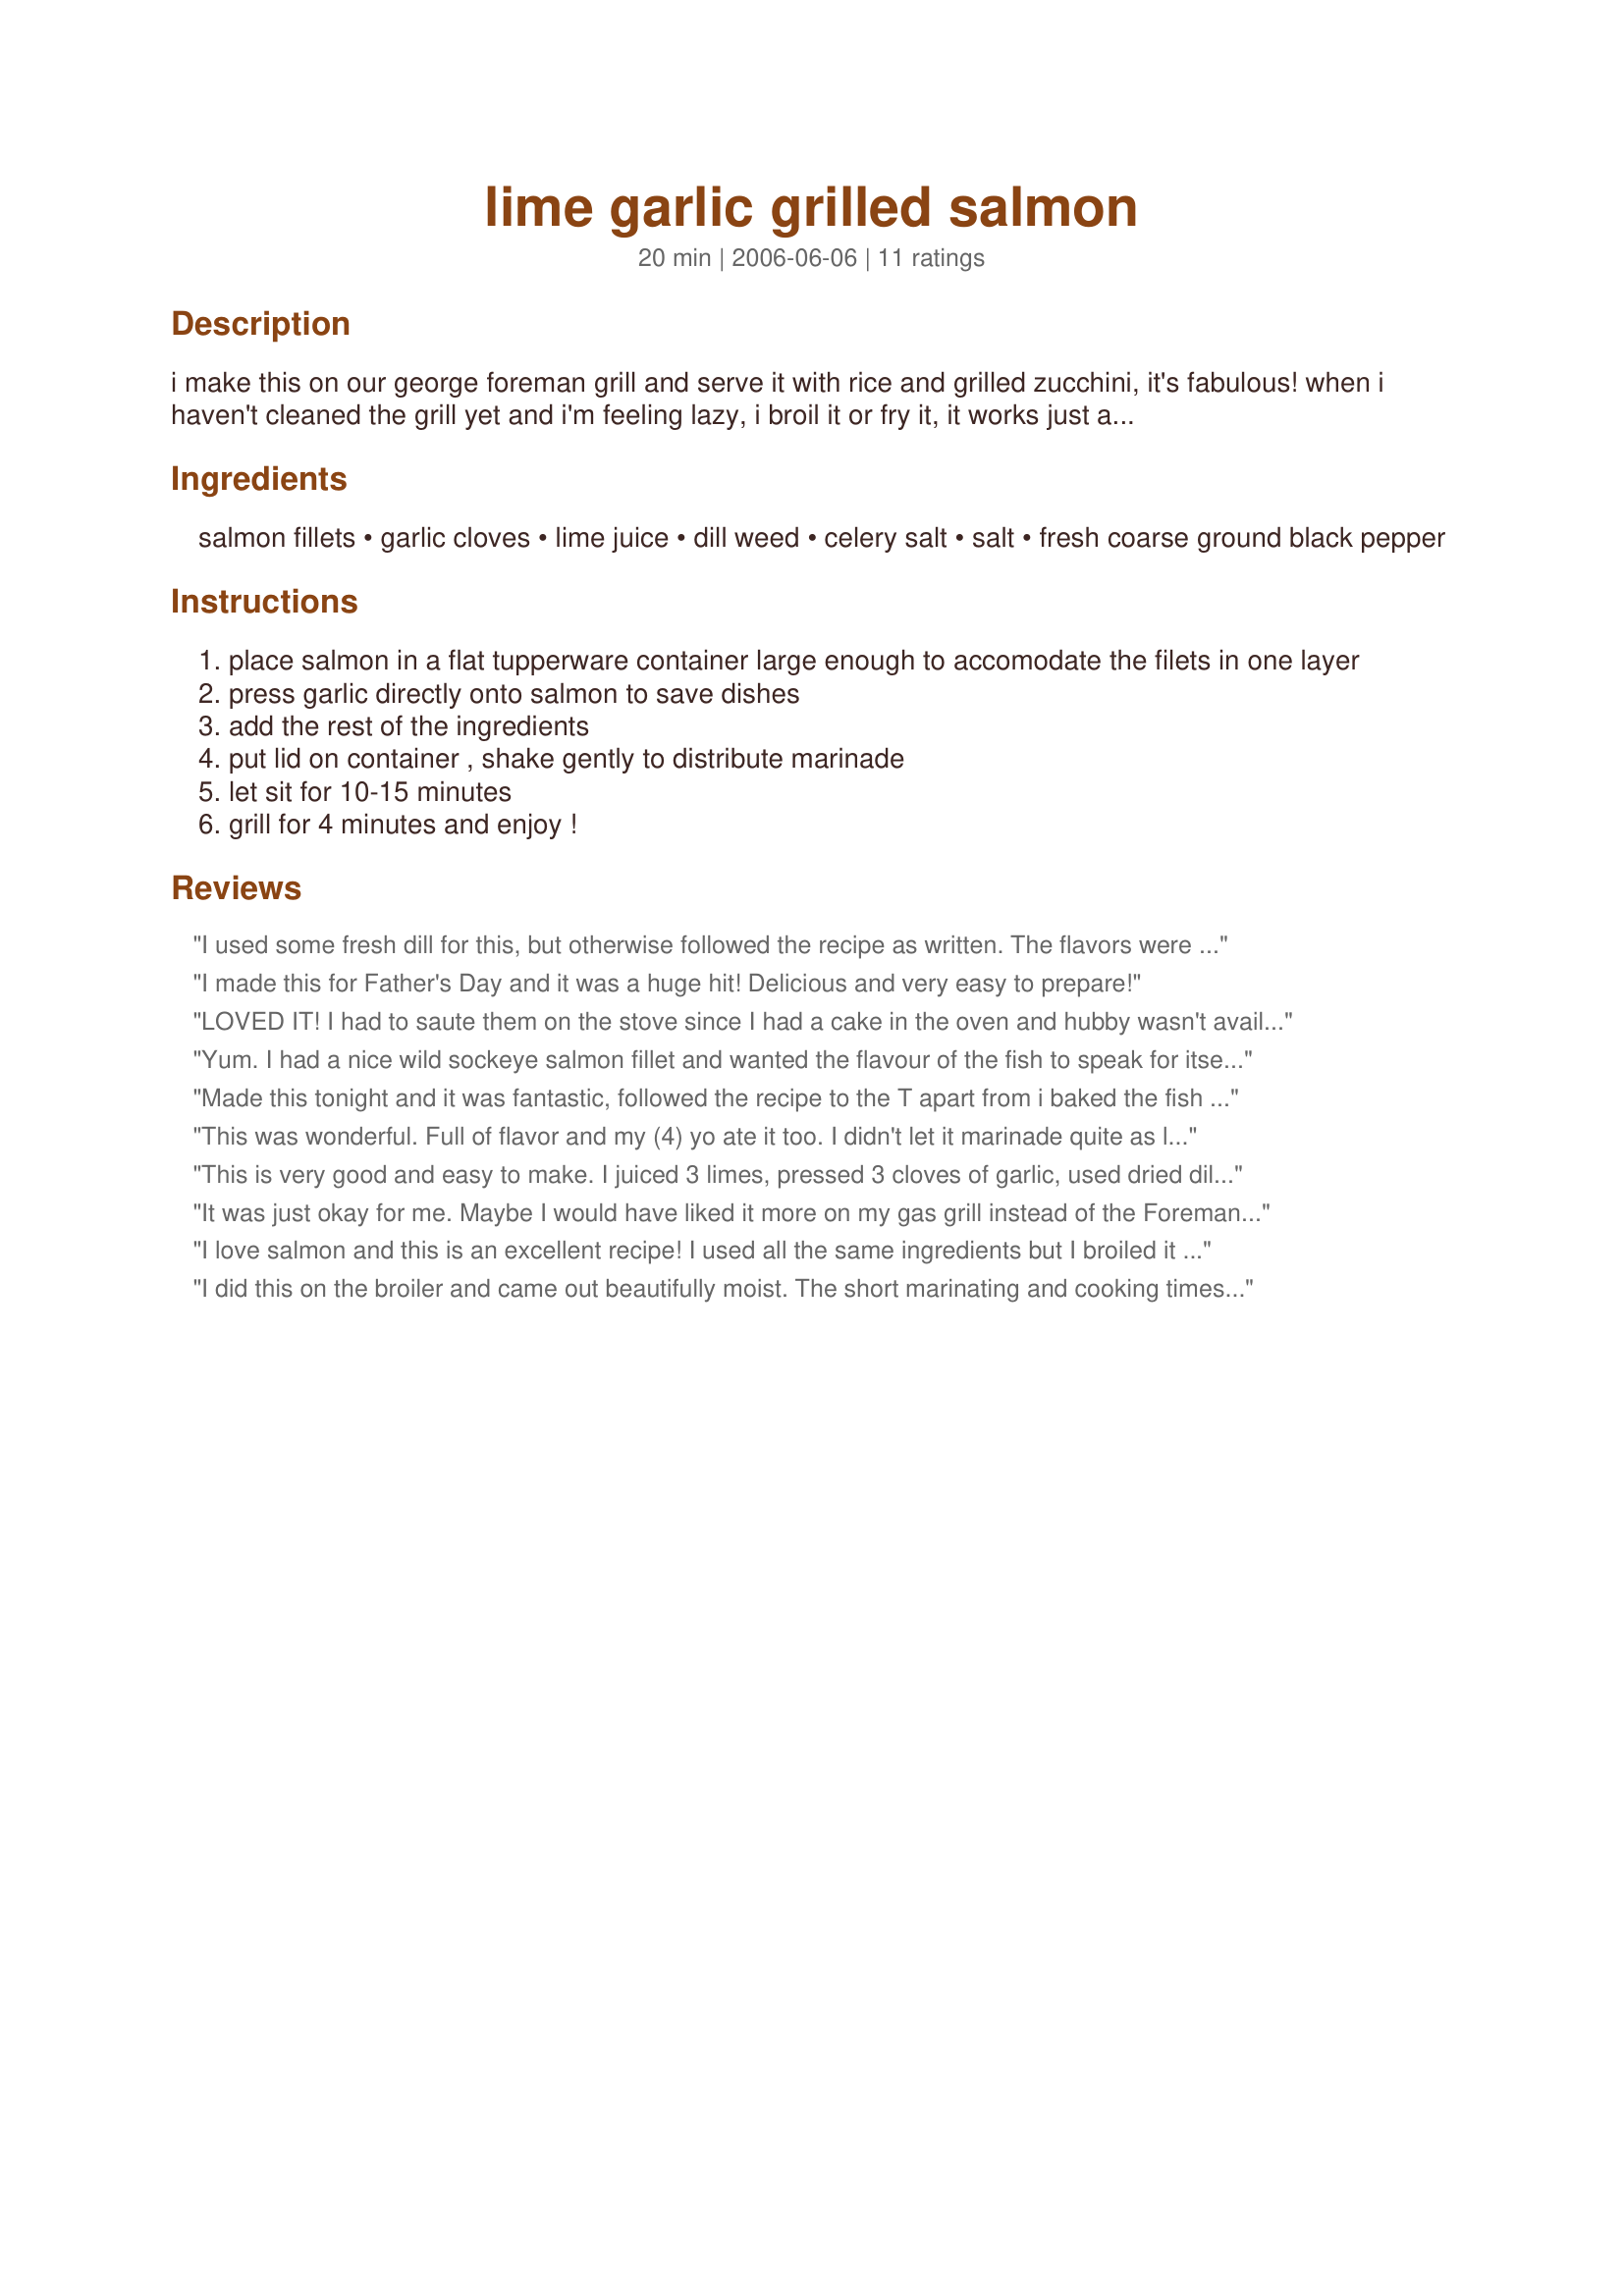
lime garlic grilled salmon
Preparation time: 20 minutes

i make this on our george foreman grill and serve it with rice and grilled zucchini, it's fabulous!
when i haven't cleaned the grill yet and i'm feeling lazy, i broil it or fry it, it works just as well.

Ingredients:
salmon fillets, garlic cloves, lime juice, dill weed, celery salt, salt, fresh coarse ground black pepper

Steps:
place salmon in a flat tupperware container large enough to accomodate the filets in one layer
press garlic directly onto salmon to save dishes
add the rest of the ingredients
put lid on container , shake gently to distribute marinade
let sit for 10-15 minutes
grill for 4 minutes and enjoy !

Reviews:
I used some fresh dill for this, but otherwise followed the recipe as written. The flavors were excellent and I loved the ease of preparation.
I made this for Father's Day and it was a huge hit! Delicious and very easy to prepare!
LOVED IT! I had to saute them on the stove since I had a cake in the oven and hubby wasn't available to barbeque them. I sauted in equal parts butter and olive oil. Edited to say I've made these again and they were just as good!
Yum. I had a nice wild sockeye salmon fillet and wanted the flavour of the fish to speak for itself rather than relying on a sauce or heavy spices. This was very easy to do with ingredients I had on hand - a company dish with weekday effort. I baked it in a 400 oven for 10 minutes on a foil-lined pan treated with vegetable spray. This kept the fish moist, flaking apart with a fork. The spices enhanced the fish very well. Thanks for a great recipe! I'll have to try this on the grill.
Made this tonight and it was fantastic, followed the recipe to the T apart from i baked the fish for 20 mins at 200deg C, will do this again, this fish was tender and tasty.
This was wonderful. Full of flavor and my (4) yo ate it too. I didn't let it marinade quite as long, but the flavor was great.
This is very good and easy to make. I juiced 3 limes, pressed 3 cloves of garlic, used dried dill weed instead of fresh, and substituted sweet paprika for the celery salt.

I did marinate my salmon for close to an hour and a half though. We grilled it on the gas grill and it turned out perfect.

I definitely recommend this to anyone.
It was just okay for me. Maybe I would have liked it more on my gas grill instead of the Foreman one. It was limey enough but not enough other flavor. Maybe some olive oil would help. I am not sure, but it just was okay for me.
I love salmon and this is an excellent recipe! I used all the same ingredients but I broiled it and it tasted wonderful. Thanks for sharing this recipe!
I did this on the broiler and came out beautifully moist. The short marinating and cooking times make this a perfect dish for a week night dinner.
We enjoyed this salmon tonight and I really appreciated how fast it was to put together. My husband thought that the lime was a bit strong so next time I might cut back on the amount of the juice as there was plenty for just the two steaks. Despite cooking salmon once a week and using my Foreman grill lots I, for some reason, have never done fish on it but that will change because it was so quick and cooked it perfectly. Thank you for teaching me a new method for cooking and enjoying healthy meals. Made for Healthy Tag.
